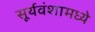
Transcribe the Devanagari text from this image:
सूर्यवंशामध्ये